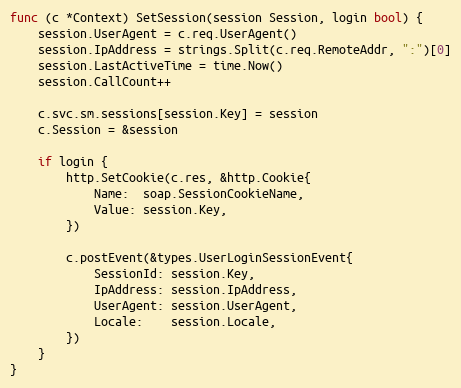
Language: Go
func (c *Context) SetSession(session Session, login bool) {
	session.UserAgent = c.req.UserAgent()
	session.IpAddress = strings.Split(c.req.RemoteAddr, ":")[0]
	session.LastActiveTime = time.Now()
	session.CallCount++

	c.svc.sm.sessions[session.Key] = session
	c.Session = &session

	if login {
		http.SetCookie(c.res, &http.Cookie{
			Name:  soap.SessionCookieName,
			Value: session.Key,
		})

		c.postEvent(&types.UserLoginSessionEvent{
			SessionId: session.Key,
			IpAddress: session.IpAddress,
			UserAgent: session.UserAgent,
			Locale:    session.Locale,
		})
	}
}